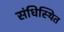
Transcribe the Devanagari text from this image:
संधिस्थित